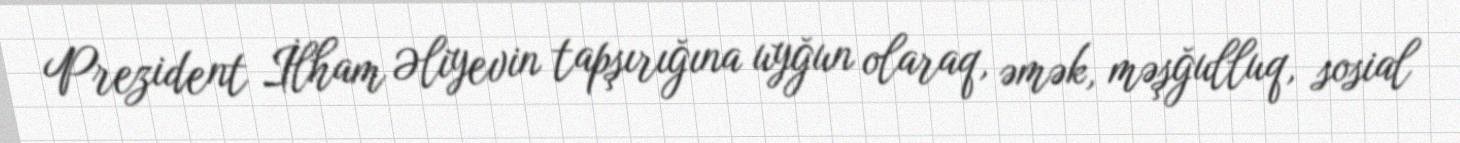
Prezident İlham Əliyevin tapşırığına uyğun olaraq, əmək, məşğulluq, sosial